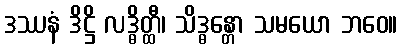
ဒဿနံ ဒိဋ္ဌိ လဒ္ဓိတ္ထီ၊ သိဒ္ဓန္တော သမယော ဘဝေ။